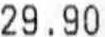
29.90